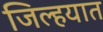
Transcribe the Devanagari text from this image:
जिल्‍हयात